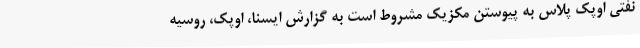
نفتی اوپک پلاس به پیوستن مکزیک مشروط است به گزارش ایسنا، اوپک، روسیه